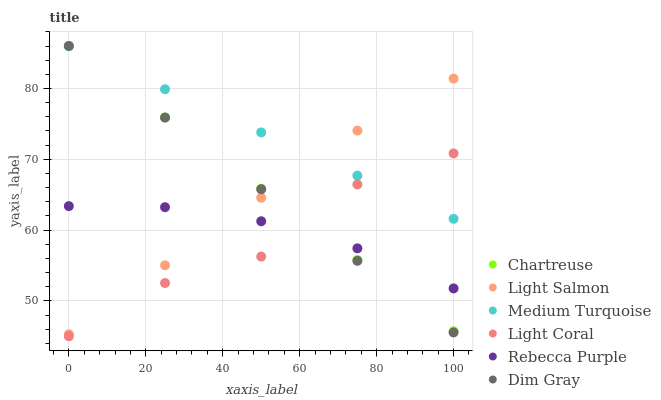
| xaxis_label | Chartreuse | Light Salmon | Medium Turquoise | Light Coral | Rebecca Purple | Dim Gray |
 | --- | --- | --- | --- | --- | --- | --- |
 | 0 | 86 | 45.3 | 86 | 45 | 63.4 | 86 |
 | 25 | 75.9 | 55 | 79.9 | 52.5 | 63.2 | 75.9 |
 | 50 | 65.9 | 64.6 | 73.8 | 56.3 | 61.2 | 65.8 |
 | 75 | 55.8 | 74 | 67.7 | 66.4 | 57.4 | 55.7 |
 | 100 | 45.7 | 81.4 | 61.6 | 70.8 | 51.8 | 45.5 |